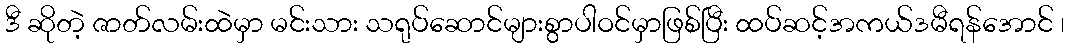
ဒီ ဆိုတဲ့ ဇာတ်လမ်းထဲမှာ မင်းသား သရုပ်ဆောင်များစွာပါဝင်မှာဖြစ်ပြီး ထပ်ဆင့်အကယ်ဒမီရန်အောင် ၊